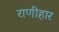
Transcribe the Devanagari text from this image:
राणीहार